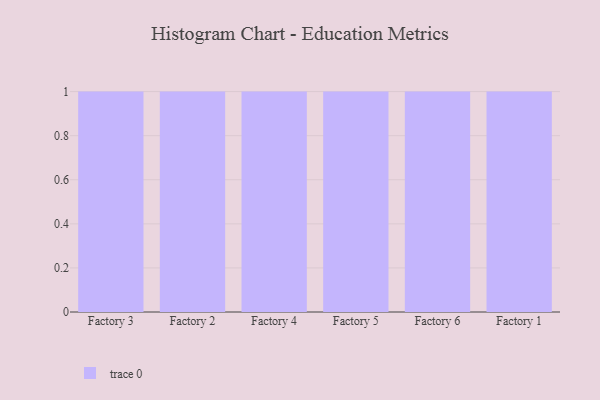
{"axis": {"x": "Factory", "y": "Population (Million)"}, "legend": [""], "data": [{"x": "Factory 3", "y": 19, "type": ""}, {"x": "Factory 2", "y": 63, "type": ""}, {"x": "Factory 4", "y": 49, "type": ""}, {"x": "Factory 5", "y": 83, "type": ""}, {"x": "Factory 6", "y": 72, "type": ""}, {"x": "Factory 1", "y": 64, "type": ""}]}